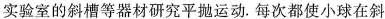
实验室的斜槽等器材研究平抛运动。每次都使小球在斜